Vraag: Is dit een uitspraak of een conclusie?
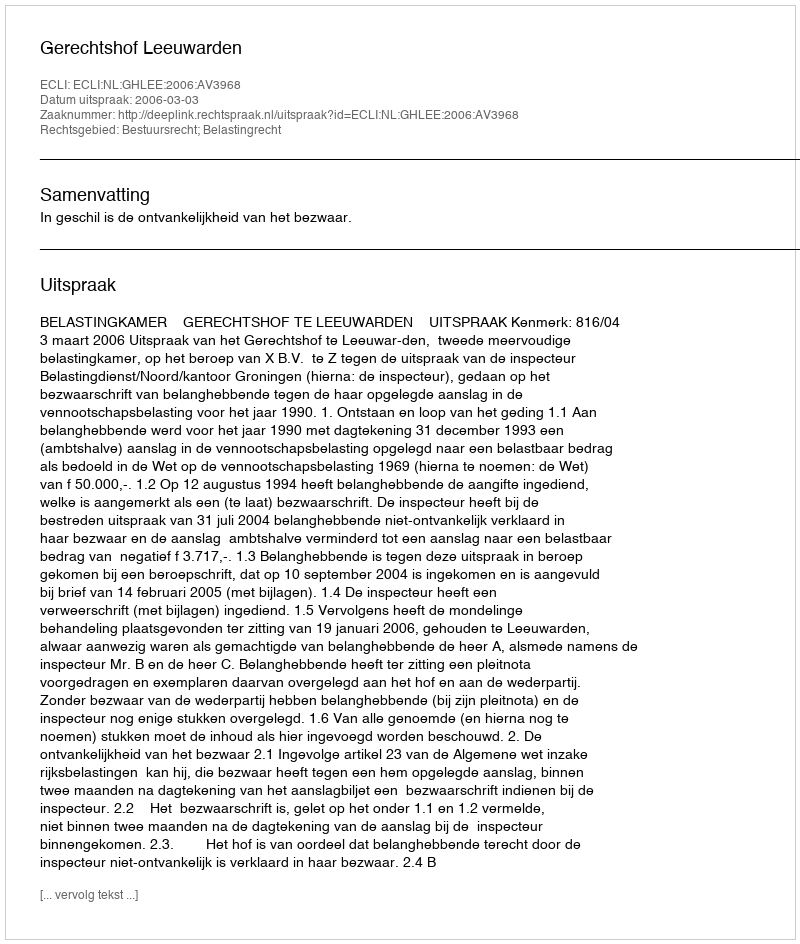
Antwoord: Uitspraak